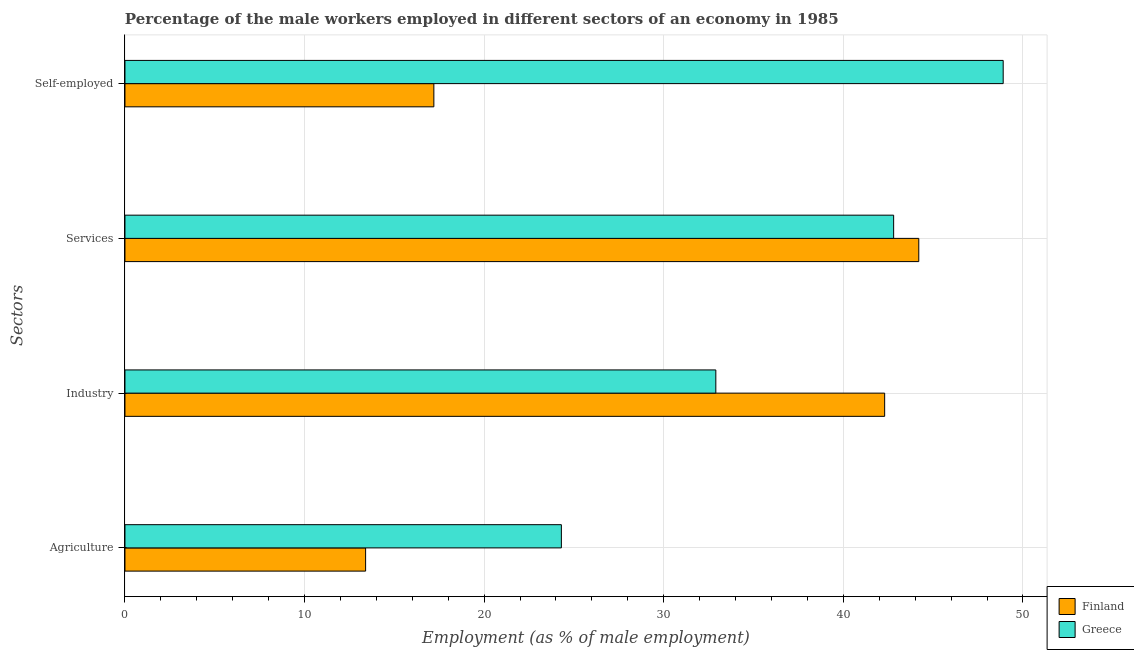
| Sectors | Finland | Greece |
 | --- | --- | --- |
 | Agriculture | 13.4 | 24.3 |
 | Industry | 42.3 | 32.9 |
 | Services | 44.2 | 42.8 |
 | Self-employed | 17.2 | 48.9 |